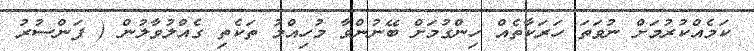
ކަމެއްކުރުމަށް ނުވަތަ ހަރަކާތެއް ހިންގުމަށް ބޭނުންވާ މުހިއްމު ތަކެތި ގެއްލުވާލުން ( ފަންސުރު